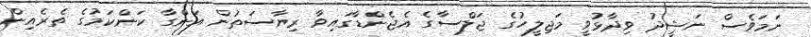
ނަމަވެސް ނަޝީދު ވިދާޅުވީ މަޖިލީހުގެ ޖަލްސާގެ އެޖެންޑާގައިވާ ރިޔާސަތުން އަންގާ ކަންކަމުގެ ތެރެއިން